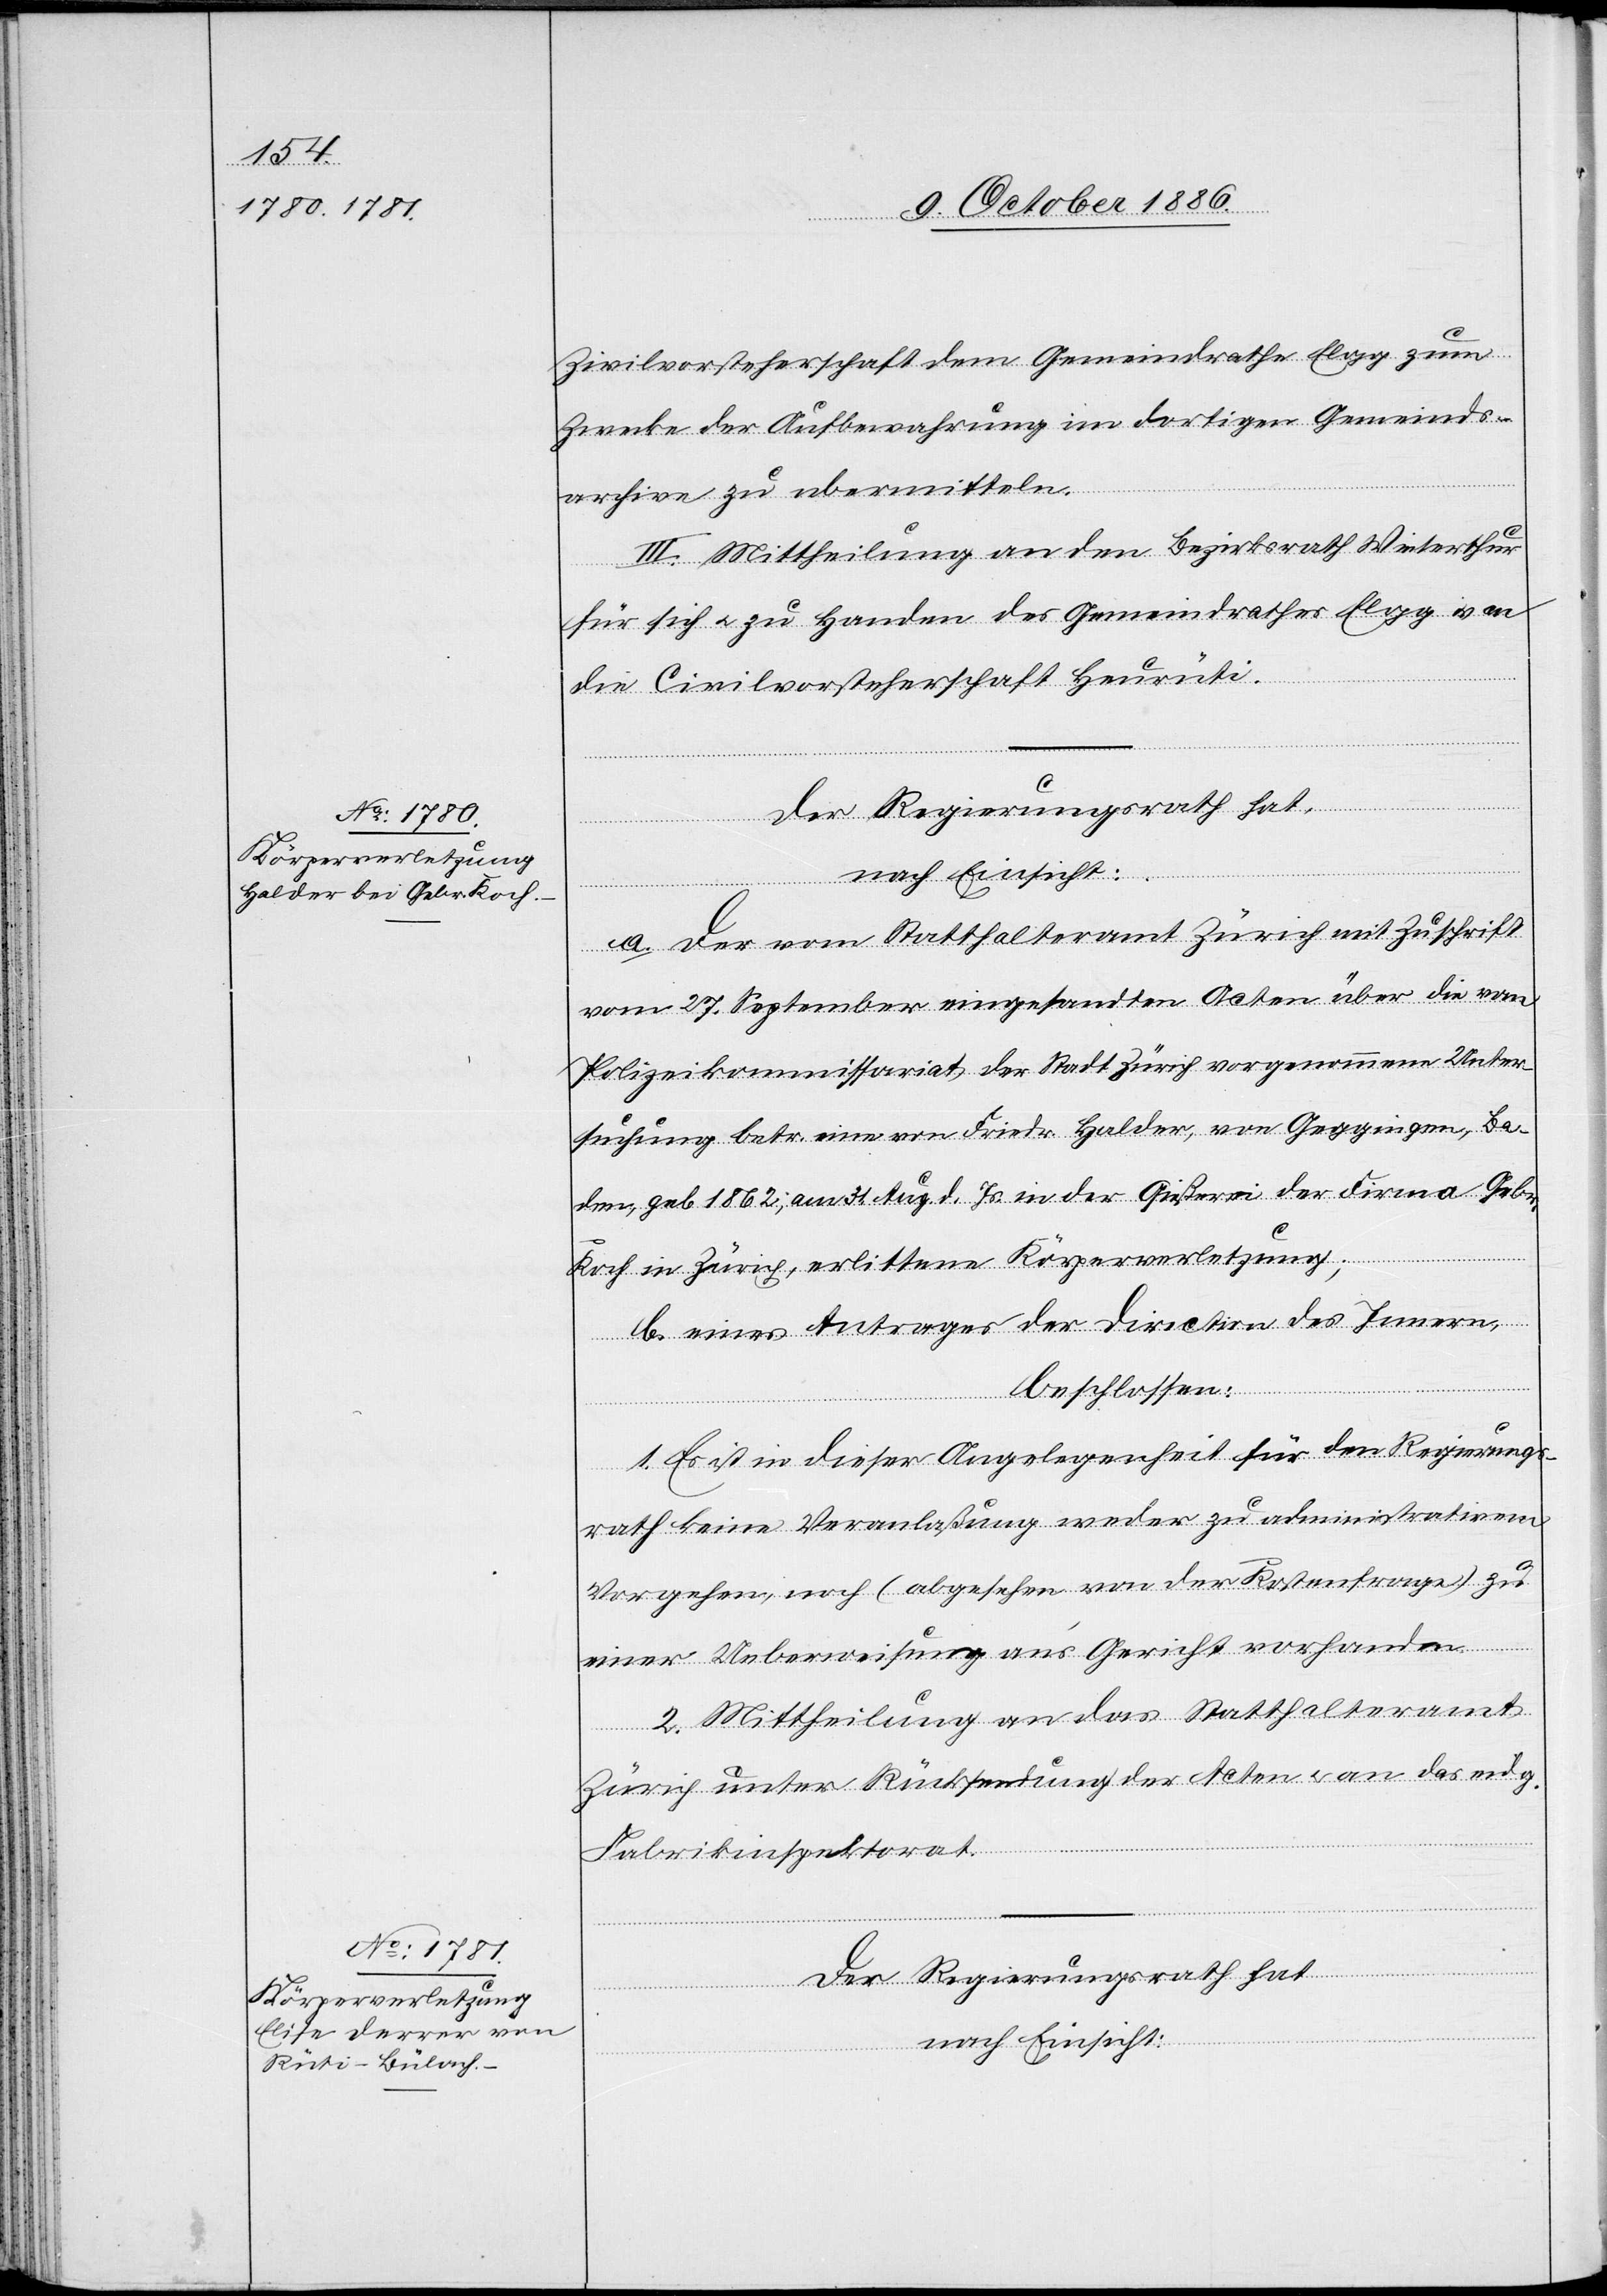
Zivilvorsteherschaft dem Gemeindrathe Elgg zum
Zwecke der Aufbewahrung im dortigen Gemeinds¬
archive zu ubermitteln
III. Mittheilung an den Bezirksrath Winterthur
für sich & zu Handen des Gemeindrathes Elgg & an
die Civilvorsteherschaft Heurüti.
a. Der vom Statthalteramt Zürich mit Zuschrift
vom 27. September eingesandten Acten über die vom
Polizeikommissariat der Stadt Zürich vorgenommene Unter¬
suchung betr. eine von Friedr. Halder, von Geggingen, Ba¬
den, geb. 1862; am 31. Aug. d. Js. in der Gießerei der Firma Geb¬
Koch in Zürich, erlittene Körperverletzung;
b. eines Antrages der Direction des Innern,
beschlossen:
1. Es ist in dieser Angelegenheit für den Regierungs¬
rath keine Veranlaßung weder zu administrativem
Vorgehen, noch (abgesehen von der Kostenfrage) zu
einer Ueberweisung an’s Gericht vorhanden.
2. Mittheilung an das Statthalteramt
Zürich unter Rücksendung der Acten & an das eidg.
r.
Fabrikinspektorat.
Der Regierungsrath hat
nach Einsicht: